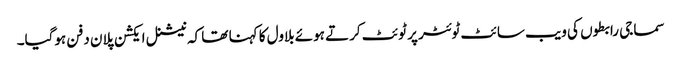
سماجی رابطوں کی ویب سائٹ ٹوئٹر پر ٹوئٹ کرتے ہوئے بلاول کا کہنا تھا کہ نیشنل ایکشن پلان دفن ہوگیا۔